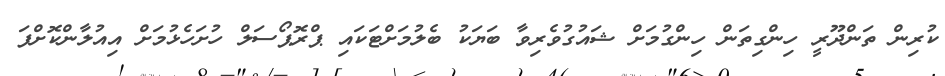
ކުރިން ތަންދޫރީ ހިންގިތަން ހިންގުމަށް ޝައުގުވެރިވާ ބަޔަކު ބެލުމަށްޓަކައި ޕްރޮޕޯސަލް ހުށަހެޅުމަށް އިއުލާންކޮށްފަ